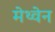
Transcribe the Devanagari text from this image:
मेथ्वेन